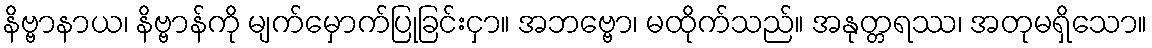
နိဗ္ဗာနာယ၊ နိဗ္ဗာန်ကို မျက်မှောက်ပြုခြင်းငှာ။ အဘဗ္ဗော၊ မထိုက်သည်။ အနုတ္တရဿ၊ အတုမရှိသော။